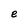
Character: e